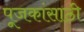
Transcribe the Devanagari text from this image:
पूजकांसाठी